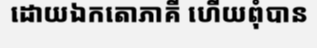
ដោយឯកតោភាគី ហើយពុំបាន